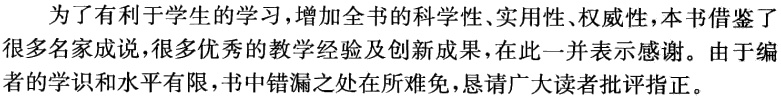
为了有利于学生的学习，增加全书的科学性、实用性、权威性，本书借鉴了很多名家成说，很多优秀的教学经验及创新成果，在此一并表示感谢。由于编者的学识和水平有限，书中错漏之处在所难免，恳请广大读者批评指正。